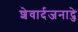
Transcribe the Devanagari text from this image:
शेवार्दजनाद्जे